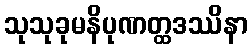
သုသုခုမနိပုဏတ္ထဒဿိနာ